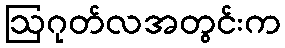
ဩဂုတ်လအတွင်းက